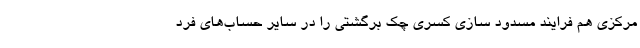
مرکزی هم فرایند مسدود سازی کسری چک برگشتی را در سایر حساب‌های فرد